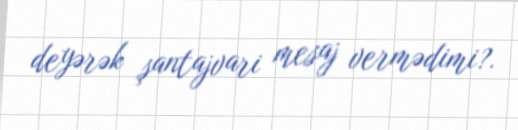
deyərək şantajvari mesaj vermədimi?.